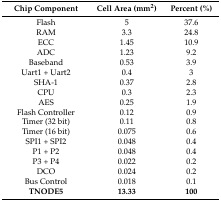
<table><thead><tr><td><b>Chip Component</b></td><td><b>Cell Area (mm<sup>2</sup>)</b></td><td><b>Percent (%)</b></td></tr></thead><tbody><tr><td>Flash</td><td>5</td><td>37.6</td></tr><tr><td>RAM</td><td>3.3</td><td>24.8</td></tr><tr><td>ECC</td><td>1.45</td><td>10.9</td></tr><tr><td>ADC</td><td>1.23</td><td>9.2</td></tr><tr><td>Baseband</td><td>0.53</td><td>3.9</td></tr><tr><td>Uart1 + Uart2</td><td>0.4</td><td>3</td></tr><tr><td>SHA-1</td><td>0.37</td><td>2.8</td></tr><tr><td>CPU</td><td>0.3</td><td>2.3</td></tr><tr><td>AES</td><td>0.25</td><td>1.9</td></tr><tr><td>Flash Controller</td><td>0.12</td><td>0.9</td></tr><tr><td>Timer (32 bit)</td><td>0.11</td><td>0.8</td></tr><tr><td>Timer (16 bit)</td><td>0.075</td><td>0.6</td></tr><tr><td>SPI1 + SPI2</td><td>0.048</td><td>0.4</td></tr><tr><td>P1 + P2</td><td>0.048</td><td>0.4</td></tr><tr><td>P3 + P4</td><td>0.022</td><td>0.2</td></tr><tr><td>DCO</td><td>0.024</td><td>0.2</td></tr><tr><td>Bus Control</td><td>0.018</td><td>0.1</td></tr><tr><td><b>TNODE5</b></td><td><b>13.33</b></td><td><b>100</b></td></tr></tbody></table>